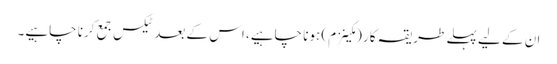
ان کے لیے پہلے طریقہ کار (مکینزم) ہونا چاہیے، اس کے بعد ٹیکس جمع کرنا چاہیے۔